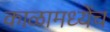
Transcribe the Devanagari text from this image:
काळामध्येंच